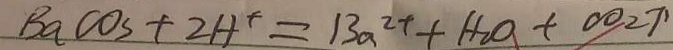
B a C O _ { 3 } + 2 H ^ { + } = 1 3 a ^ { 2 + } + H _ { 2 } O + \infty _ { 2 } \uparrow